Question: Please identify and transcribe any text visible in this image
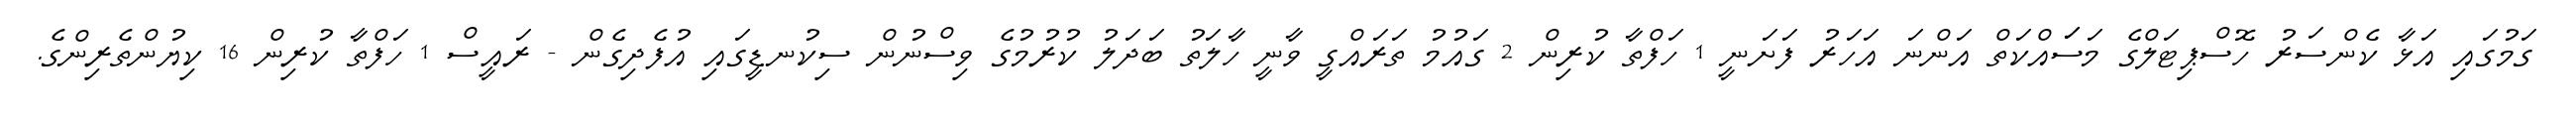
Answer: ގަމުގައި އަޅާ ކެންސަރު ހޮސްޕިޓަލްގެ މަސަައްކަތް އަންނަ އަހަރު ފަށަނީ 1 ހަފްތާ ކުރިން 2 ގައުމު ތަރައްގީ ވާނީ ހާލަތު ބަދަލު ކުރުމުގެ ވިސްނުން ސިކުނޑީގައި އުފެދިގެން - ރައީސް 1 ހަފްތާ ކުރިން 16 ކިޔުންތެރިންގެ.